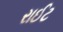
રાઈટ